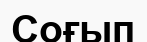
Соғып